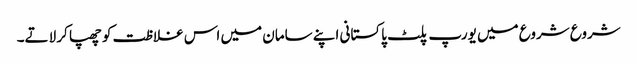
شروع شروع میں یورپ پلٹ پاکستانی اپنے سامان میں اس غلاظت کو چھپا کر لاتے۔